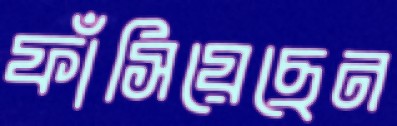
ফাঁসিয়েছেন